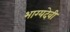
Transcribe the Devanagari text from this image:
भाग्यदेवी